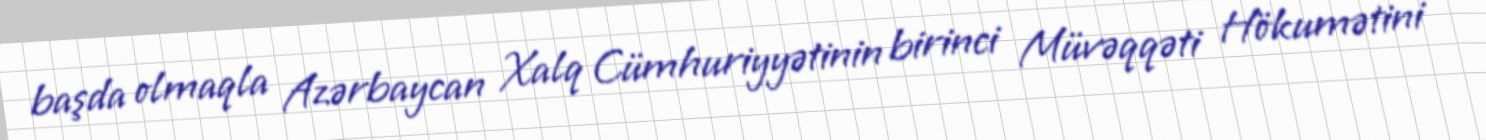
başda olmaqla Azərbaycan Xalq Cümhuriyyətinin birinci Müvəqqəti Hökumətini